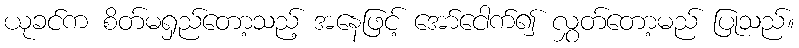
ယုခင်က စိတ်မရှည်တော့သည့် အနေဖြင့် အော်ငေါက်၍ လွှတ်တော့မည် ပြုသည်။